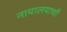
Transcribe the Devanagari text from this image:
नायालयाची